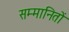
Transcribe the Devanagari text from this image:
सम्मानितों